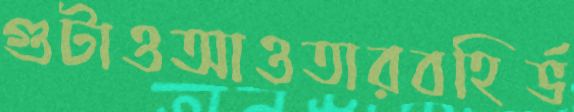
গুটাওআওতারবহির্ভ